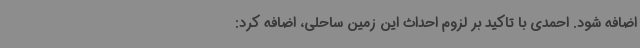
اضافه شود. احمدی با تاکید بر لزوم احداث این زمین ساحلی، اضافه کرد: